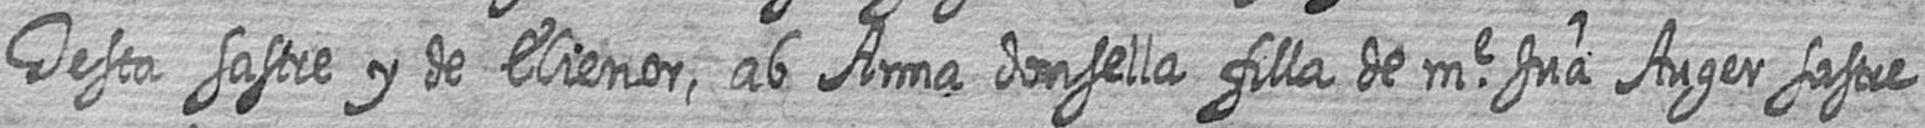
Testa sastre y de Elienor ab Anna donsella filla de me Jua Auger sastre